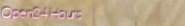
Open24Hours